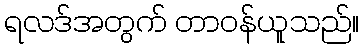
ရလဒ်အတွက် တာဝန်ယူသည်။